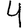
Digit: 4